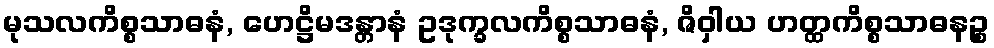
မုသလကိစ္စသာဓနံ, ဟေဋ္ဌိမဒန္တာနံ ဥဒုက္ခလကိစ္စသာဓနံ, ဇိဝှါယ ဟတ္ထကိစ္စသာဓနဉ္စ